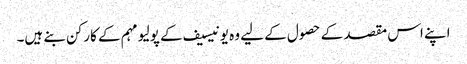
اپنے اس مقصد کے حصول کے لیے وہ یونیسیف کے پولیو مہم کے کارکن بنے ہیں۔